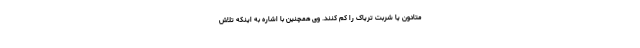
متادون یا شربت تریاک را کم کنند. وی همچنین با اشاره به اینکه تلاش